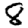
Digit: 8